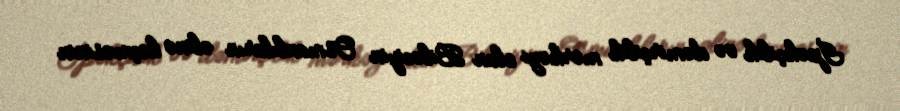
İpəkçilik və dəmirçilik mərkəzi olan Biləciyin Osmanlıların əlinə keçməsinin